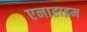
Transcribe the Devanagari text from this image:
एनाहाइम